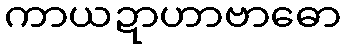
ကာယဍာဟာဗာဓော